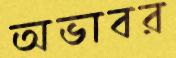
অভাবর